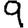
Digit: 9